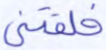
خلقتني